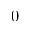
0